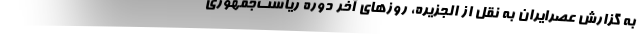
به گزارش عصرایران به نقل از الجزیره، روزهای آخر دوره ریاست‌جمهوری